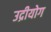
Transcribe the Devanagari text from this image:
उद्रीयोग